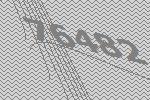
76482